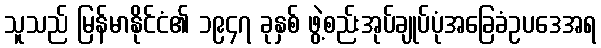
သူသည် မြန်မာနိုင်ငံ၏ ၁၉၄၇ ခုနှစ် ဖွဲ့စည်းအုပ်ချုပ်ပုံအခြေခံဥပဒေအရ